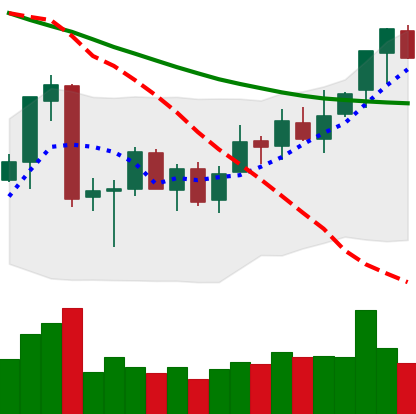
Ticker: ETC-USD
Chart end date: 2018-07-08
Forward return: -10.945%
Label: down_7plus